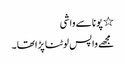
٭ پونا سے واشی
مجھے واپس لوٹنا پڑاتھا ۔